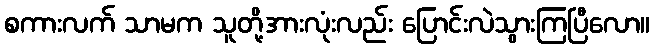
စကားလက် သာမက သူတို့အားလုံးလည်း ပြောင်းလဲသွားကြပြီလော။